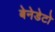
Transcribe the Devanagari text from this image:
बेनेडेटो